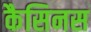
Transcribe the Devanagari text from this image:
कैसिनस